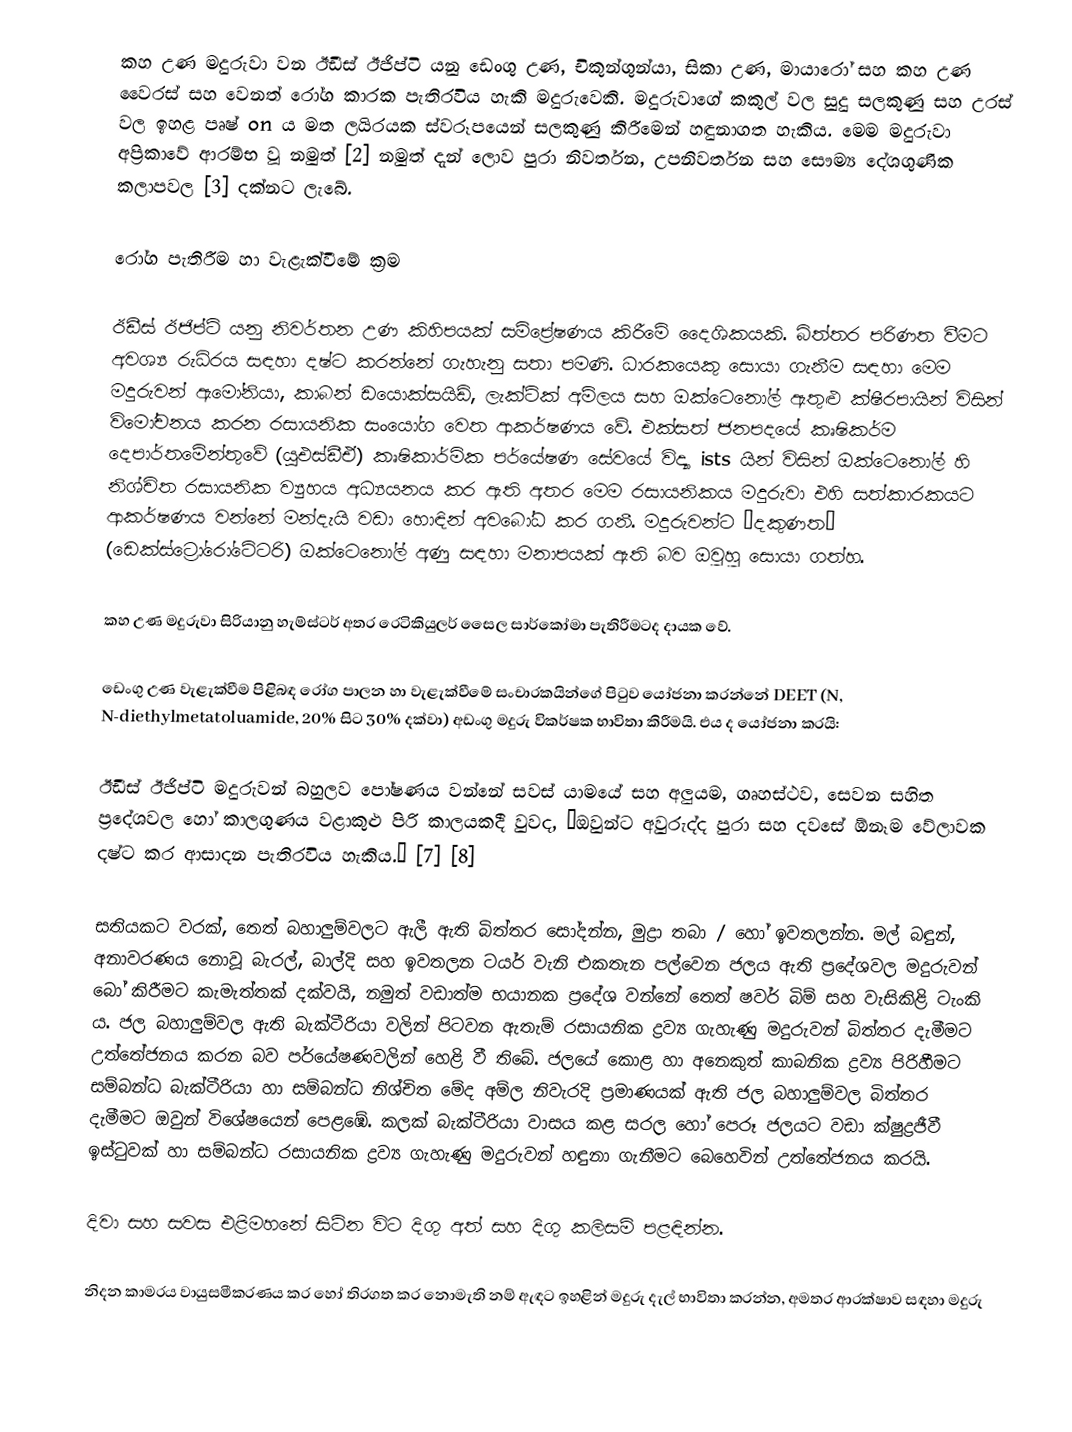
කහ උණ ​​මදුරුවා වන ඊඩීස් ඊජිප්ටි යනු ඩෙංගු උණ, චිකුන්ගුන්යා, සිකා උණ, මායාරෝ සහ කහ උණ ​​වෛරස් සහ වෙනත් රෝග කාරක පැතිරවිය හැකි මදුරුවෙකි. මදුරුවාගේ කකුල් වල සුදු සලකුණු සහ උරස් වල ඉහළ පෘෂ් on ය මත ලයිරයක ස්වරූපයෙන් සලකුණු කිරීමෙන් හඳුනාගත හැකිය. මෙම මදුරුවා අප්‍රිකාවේ ආරම්භ වූ නමුත් [2] නමුත් දැන් ලොව පුරා නිවර්තන, උපනිවර්තන සහ සෞම්‍ය දේශගුණික කලාපවල [3] දක්නට ලැබේ.

රෝග පැතිරීම හා වැළැක්වීමේ ක්‍රම

ඊඩීස් ඊජිප්ටි යනු නිවර්තන උණ කිහිපයක් සම්ප්‍රේෂණය කිරීමේ දෛශිකයකි. බිත්තර පරිණත වීමට අවශ්‍ය රුධිරය සඳහා දෂ්ට කරන්නේ ගැහැනු සතා පමණි. ධාරකයෙකු සොයා ගැනීම සඳහා මෙම මදුරුවන් ඇමෝනියා, කාබන් ඩයොක්සයිඩ්, ලැක්ටික් අම්ලය සහ ඔක්ටෙනෝල් ඇතුළු ක්ෂීරපායින් විසින් විමෝචනය කරන රසායනික සංයෝග වෙත ආකර්ෂණය වේ. එක්සත් ජනපදයේ කෘෂිකර්ම දෙපාර්තමේන්තුවේ (යූඑස්ඩීඒ) කෘෂිකාර්මික පර්යේෂණ සේවයේ විද්‍යා ists යින් විසින් ඔක්ටෙනෝල් හි නිශ්චිත රසායනික ව්‍යුහය අධ්‍යයනය කර ඇති අතර මෙම රසායනිකය මදුරුවා එහි සත්කාරකයට ආකර්ෂණය වන්නේ මන්දැයි වඩා හොඳින් අවබෝධ කර ගනී. මදුරුවන්ට “දකුණත” (ඩෙක්ස්ට්‍රෝරෝටේටරි) ඔක්ටෙනෝල් අණු සඳහා මනාපයක් ඇති බව ඔවුහු සොයා ගත්හ.

කහ උණ මදුරුවා සිරියානු හැම්ස්ටර් අතර රෙටිකියුලර් සෛල සාර්කෝමා පැතිරීමටද දායක වේ.

ඩෙංගු උණ වැළැක්වීම පිළිබඳ රෝග පාලන හා වැළැක්වීමේ සංචාරකයින්ගේ පිටුව යෝජනා කරන්නේ DEET (N, N-diethylmetatoluamide, 20% සිට 30% දක්වා) අඩංගු මදුරු විකර්ෂක භාවිතා කිරීමයි. එය ද යෝජනා කරයි:

ඊඩීස් ඊජිප්ටි මදුරුවන් බහුලව පෝෂණය වන්නේ සවස් යාමයේ සහ අලුයම, ගෘහස්ථව, සෙවන සහිත ප්‍රදේශවල හෝ කාලගුණය වළාකුළු පිරි කාලයකදී වුවද, “ඔවුන්ට අවුරුද්ද පුරා සහ දවසේ ඕනෑම වේලාවක දෂ්ට කර ආසාදන පැතිරවිය හැකිය.” [7] [8]

සතියකට වරක්, තෙත් බහාලුම්වලට ඇලී ඇති බිත්තර සෝදන්න, මුද්‍රා තබා / හෝ ඉවතලන්න. මල් බඳුන්, අනාවරණය නොවූ බැරල්, බාල්දි සහ ඉවතලන ටයර් වැනි එකතැන පල්වෙන ජලය ඇති ප්‍රදේශවල මදුරුවන් බෝ කිරීමට කැමැත්තක් දක්වයි, නමුත් වඩාත්ම භයානක ප්‍රදේශ වන්නේ තෙත් ෂවර් බිම් සහ වැසිකිළි ටැංකි ය. ජල බහාලුම්වල ඇති බැක්ටීරියා වලින් පිටවන ඇතැම් රසායනික ද්‍රව්‍ය ගැහැණු මදුරුවන් බිත්තර දැමීමට උත්තේජනය කරන බව පර්යේෂණවලින් හෙළි වී තිබේ. ජලයේ කොළ හා අනෙකුත් කාබනික ද්‍රව්‍ය පිරිහීමට සම්බන්ධ බැක්ටීරියා හා සම්බන්ධ නිශ්චිත මේද අම්ල නිවැරදි ප්‍රමාණයක් ඇති ජල බහාලුම්වල බිත්තර දැමීමට ඔවුන් විශේෂයෙන් පෙළඹේ. කලක් බැක්ටීරියා වාසය කළ සරල හෝ පෙරූ ජලයට වඩා ක්ෂුද්‍රජීවී ඉස්ටුවක් හා සම්බන්ධ රසායනික ද්‍රව්‍ය ගැහැණු මදුරුවන් හඳුනා ගැනීමට බෙහෙවින් උත්තේජනය කරයි.

දිවා සහ සවස එළිමහනේ සිටින විට දිගු අත් සහ දිගු කලිසම් පළඳින්න.

නිදන කාමරය වායුසමීකරණය කර හෝ තිරගත කර නොමැති නම් ඇඳට ඉහළින් මදුරු දැල් භාවිතා කරන්න, අමතර ආරක්ෂාව සඳහා මදුරු